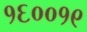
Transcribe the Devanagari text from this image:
१६००१९